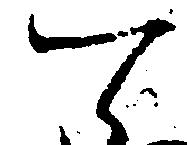
て